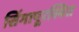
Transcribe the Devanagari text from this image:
सिंगापूरस्थित